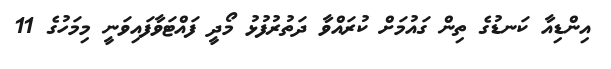
އިންޑިއާ ކަނޑުގެ ތިން ގައުމަށް ކުރައްވާ ދަތުރުފުޅު މޯދީ ފައްޓަވާފައިވަނީ މިމަހުގެ 11